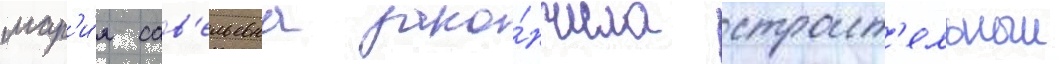
мар'и́я сав'ельевна зако́нчила строит'ельныи